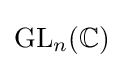
\operatorname {GL} _{n}(\mathbb {C} )